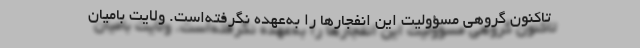
تاکنون گروهی مسؤولیت این انفجارها را به‌عهده نگرفته‌است. ولایت بامیان